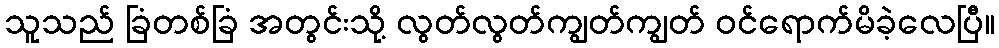
သူသည် ခြံတစ်ခြံ အတွင်းသို့ လွတ်လွတ်ကျွတ်ကျွတ် ဝင်ရောက်မိခဲ့လေပြီ။